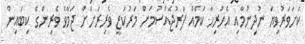
ކަށަވަރުވިޔަ ނުދިނުމާއި އެހުރިހާ ކަމެއް ފަރުޖެއްސުމަށް މަރުކަޒީ ވެރިރަށަށް ޖަމާވެ ވެރިންގެ ކިބައިން